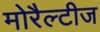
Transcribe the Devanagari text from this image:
मोरैल्टीज